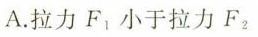
A.拉力F_{1}小于拉力F_{2}